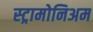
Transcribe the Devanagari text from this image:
स्ट्रामोनिअम